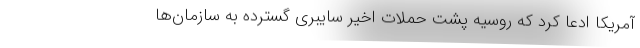
آمریکا ادعا کرد که روسیه پشت حملات اخیر سایبری گسترده به سازمان‌ها